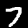
Label: 7